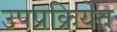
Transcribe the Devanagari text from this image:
उपप्रक्रियेत